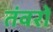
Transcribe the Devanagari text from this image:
तंवरों